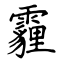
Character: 霾